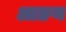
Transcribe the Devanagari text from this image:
आङन